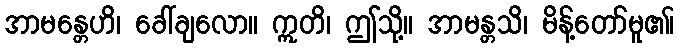
အာမန္တေဟိ၊ ခေါ်ချလော။ ဣတိ၊ ဤသို့။ အာမန္တသိ၊ မိန့်တော်မူ၏၊